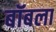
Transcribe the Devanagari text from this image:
बॉबला